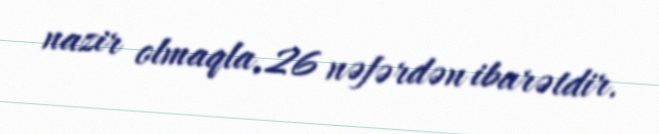
nazir olmaqla, 26 nəfərdən ibarətdir.